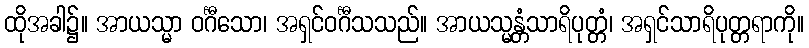
ထိုအခါ၌။ အာယသ္မာ ဝင်္ဂီသော၊ အရှင်ဝင်္ဂီသသည်။ အာယသ္မန္တံသာရိပုတ္တံ၊ အရှင်သာရိပုတ္တရာကို။